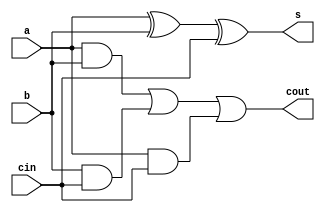
`timescale 1ns / 1ps
//////////////////////////////////////////////////////////////////////////////////
// Company: 
// Engineer: 
// 
// Design Name: 
// Module Name:    fa_bh 
// Project Name: 
// Target Devices: 
// Tool versions: 
// Description: 
//
// Dependencies: 
//
// Revision: 
// Revision 0.01 - File Created
// Additional Comments: 
//
//////////////////////////////////////////////////////////////////////////////////
module fa_bh(a,b,cin,s,cout);
input a,b,cin;
output reg cout,s;
always @(*)
begin
s = a^b^cin;
cout = (a&b)|(b&cin)|(a&cin);
end



endmodule